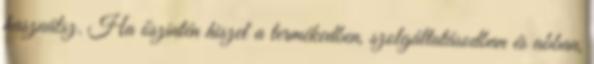
használsz. Ha őszintén hiszel a termékedben, szolgáltatásodban és abban,